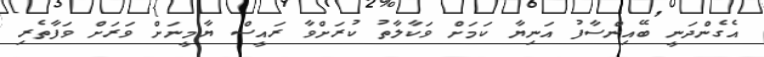
އެގެންދަނީ ބޭއިންސާފު އަނިޔާ ކަމަށް ވަކާލާތު ކުރަށްވާ ރައީސް ޔާމީނަށް ވަރަށް ވަފާތެރި